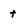
Character: t